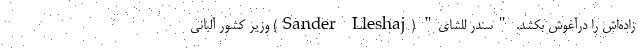
زاده‌اش را درآغوش بکشد. "سندر للشای" (Sander Lleshaj) وزیر کشور آلبانی